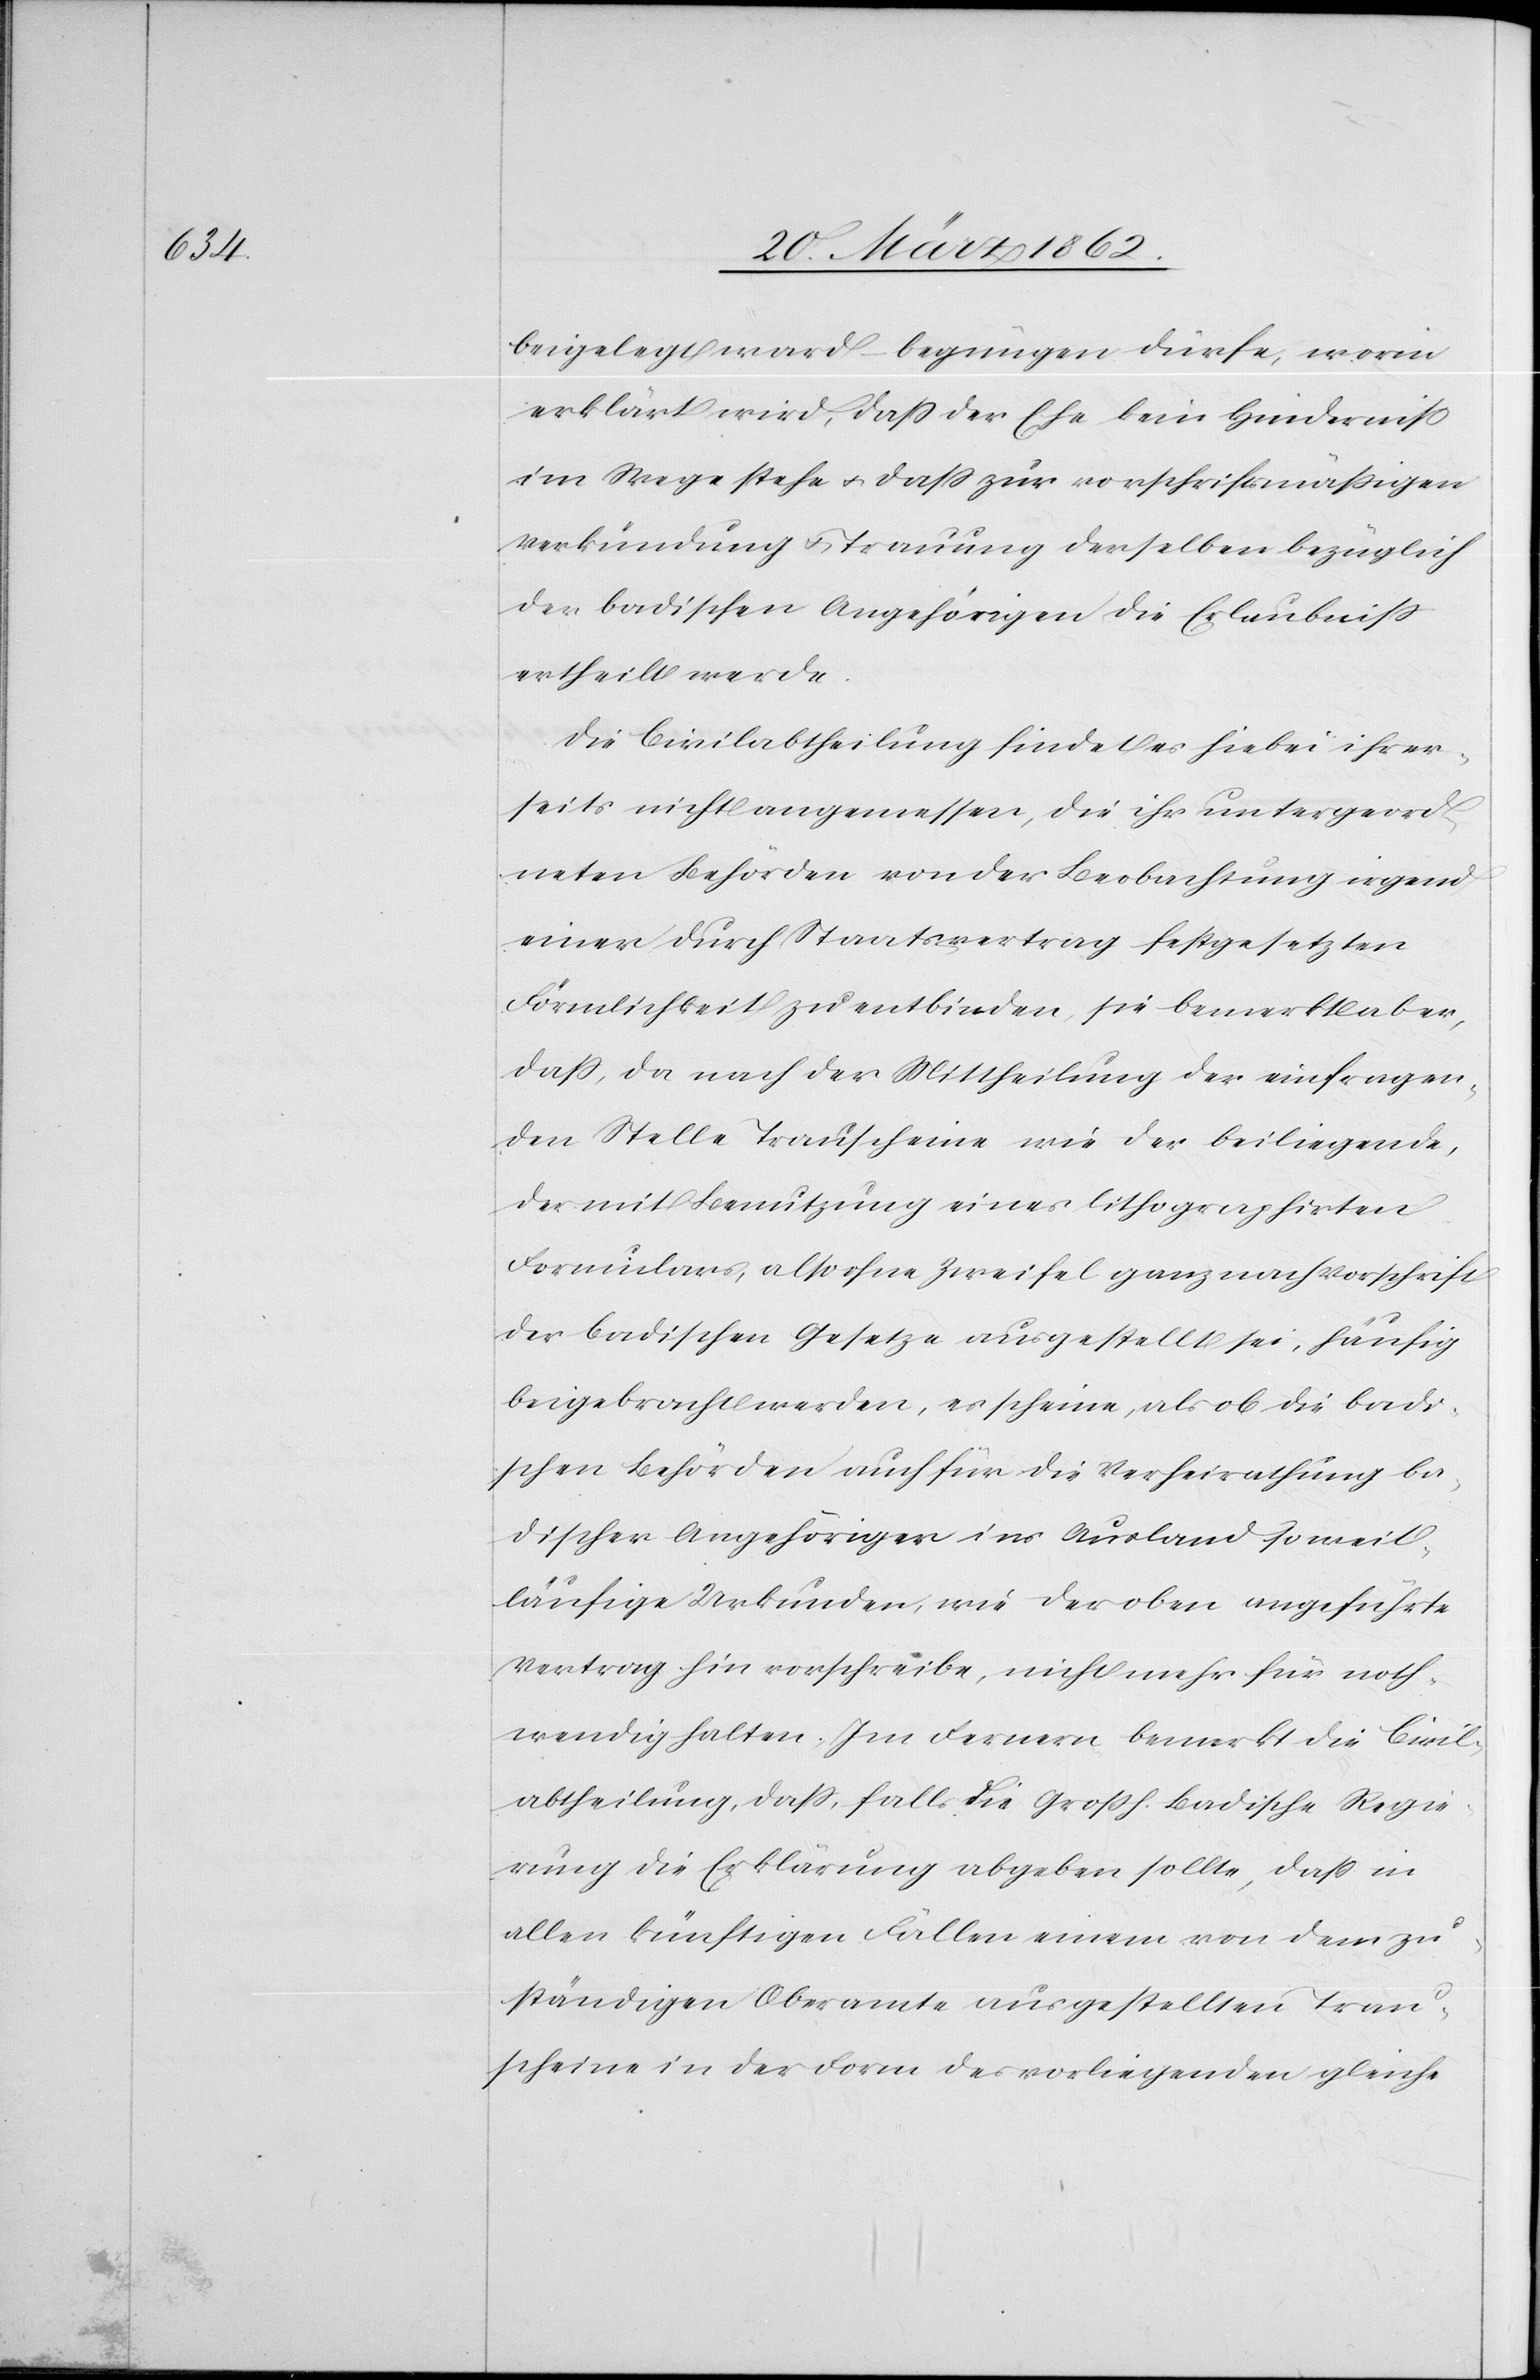
beigelegt ward – begnügen dürfe, worin
erklärt wird, daß der Ehe kein Hinderniß
im Wege stehe u. daß zur vorschriftsmäßigen
Verkündung u. Trauung derselben bezüglich
der badischen Angehörigen die Erlaubniß
ertheilt werde.
Die Civilabtheilung findet es hiebei ihrer¬
seits nicht angemessen, die ihr untergeord¬
neten Behörden von der Beobachtung irgend
einer durch Staatsvertrag festgesetzten
Förmlichkeit zu entbinden, sie bemerkt aber,
daß, da nach der Mittheilung der einfragen¬
den Stelle Trauscheine wie der beiliegende,
der mit Benutzung eines lithographirten
Formulars, also ohne Zweifel ganz nach Vorschrift
der badischen Gesetze ausgestellt sei, häufig
beigebracht werden, es scheine, als ob die badi¬
schen Behörden auch für die Verheirathung ba¬
discher Angehöriger ins Ausland so weit¬
läufige Urkunden, wie der oben angeführte
Vertrag hin vorschreibe, nicht mehr für noth¬
wendig halten. Im Fernern bemerkt die Civil¬
abtheilung, daß, falls die Großh. Badische Regie¬
rung die Erklärung abgeben sollte, daß in
allen künftigen Fällen einem von dem zu¬
ständigen Oberamte ausgestellten Trau¬
scheine in der Form des vorliegenden gleiche